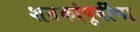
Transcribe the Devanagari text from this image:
शतकांपूर्वीचा